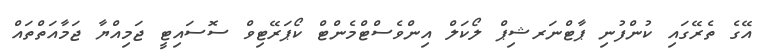
އޭގެ ތެރޭގައި ކުންފުނި ޕާޓްނަރޝިޕް ލޯކަލް އިންވެސްޓްމެންޓް ކޯޕަރޭޓިވް ސޮސައިޓީ ޖަމިއްޔާ ޖަމާއަތްތައް